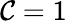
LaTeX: \mathcal{C}=1